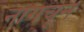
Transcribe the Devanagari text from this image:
नागचून